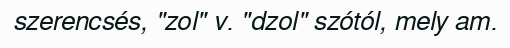
szerencsés, "zol" v. "dzol" szótól, mely am.